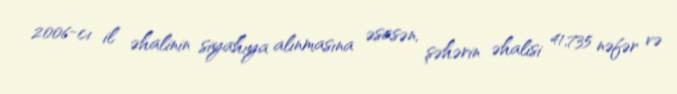
2006-cı il əhalinin siyahıya alınmasına əsasən, şəhərin əhalisi 41,735 nəfər və